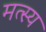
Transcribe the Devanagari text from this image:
मत्स्‍य